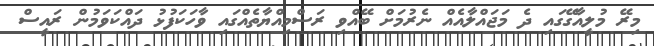
މިރޭ މުލީއާގޭގައި ދެ މަޖައްލާއެއް ނެރުމަށް ބޭއްވި ރަސްމިއްޔާތެއްގައި ވާހަކަފުޅު ދައްކަވަމުން ރައީސް